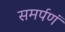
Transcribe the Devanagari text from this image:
समर्पणं